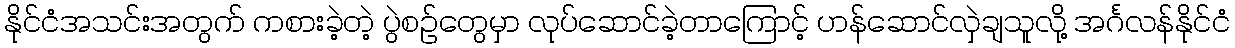
နိုင်ငံအသင်းအတွက် ကစားခဲ့တဲ့ ပွဲစဉ်တွေမှာ လုပ်ဆောင်ခဲ့တာကြောင့် ဟန်ဆောင်လှဲချသူလို့ အင်္ဂလန်နိုင်ငံ